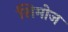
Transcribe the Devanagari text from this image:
सिमोज